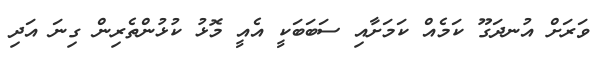
ވަރަށް އުނދަގޫ ކަމެއް ކަމަށާއި ސަބަބަކީ އެއީ މޮޅު ކުޅުންތެރިން ގިނަ އަދި